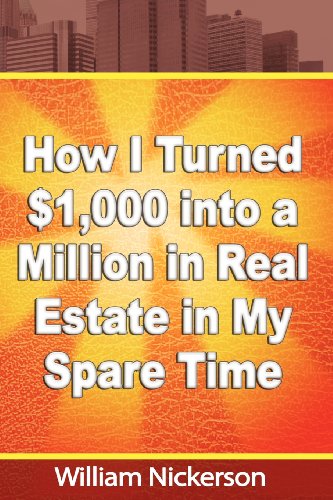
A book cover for How I Turned $1,000 into a Million in Real Estate in My Spare Time; William Nickerson; Business & Money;